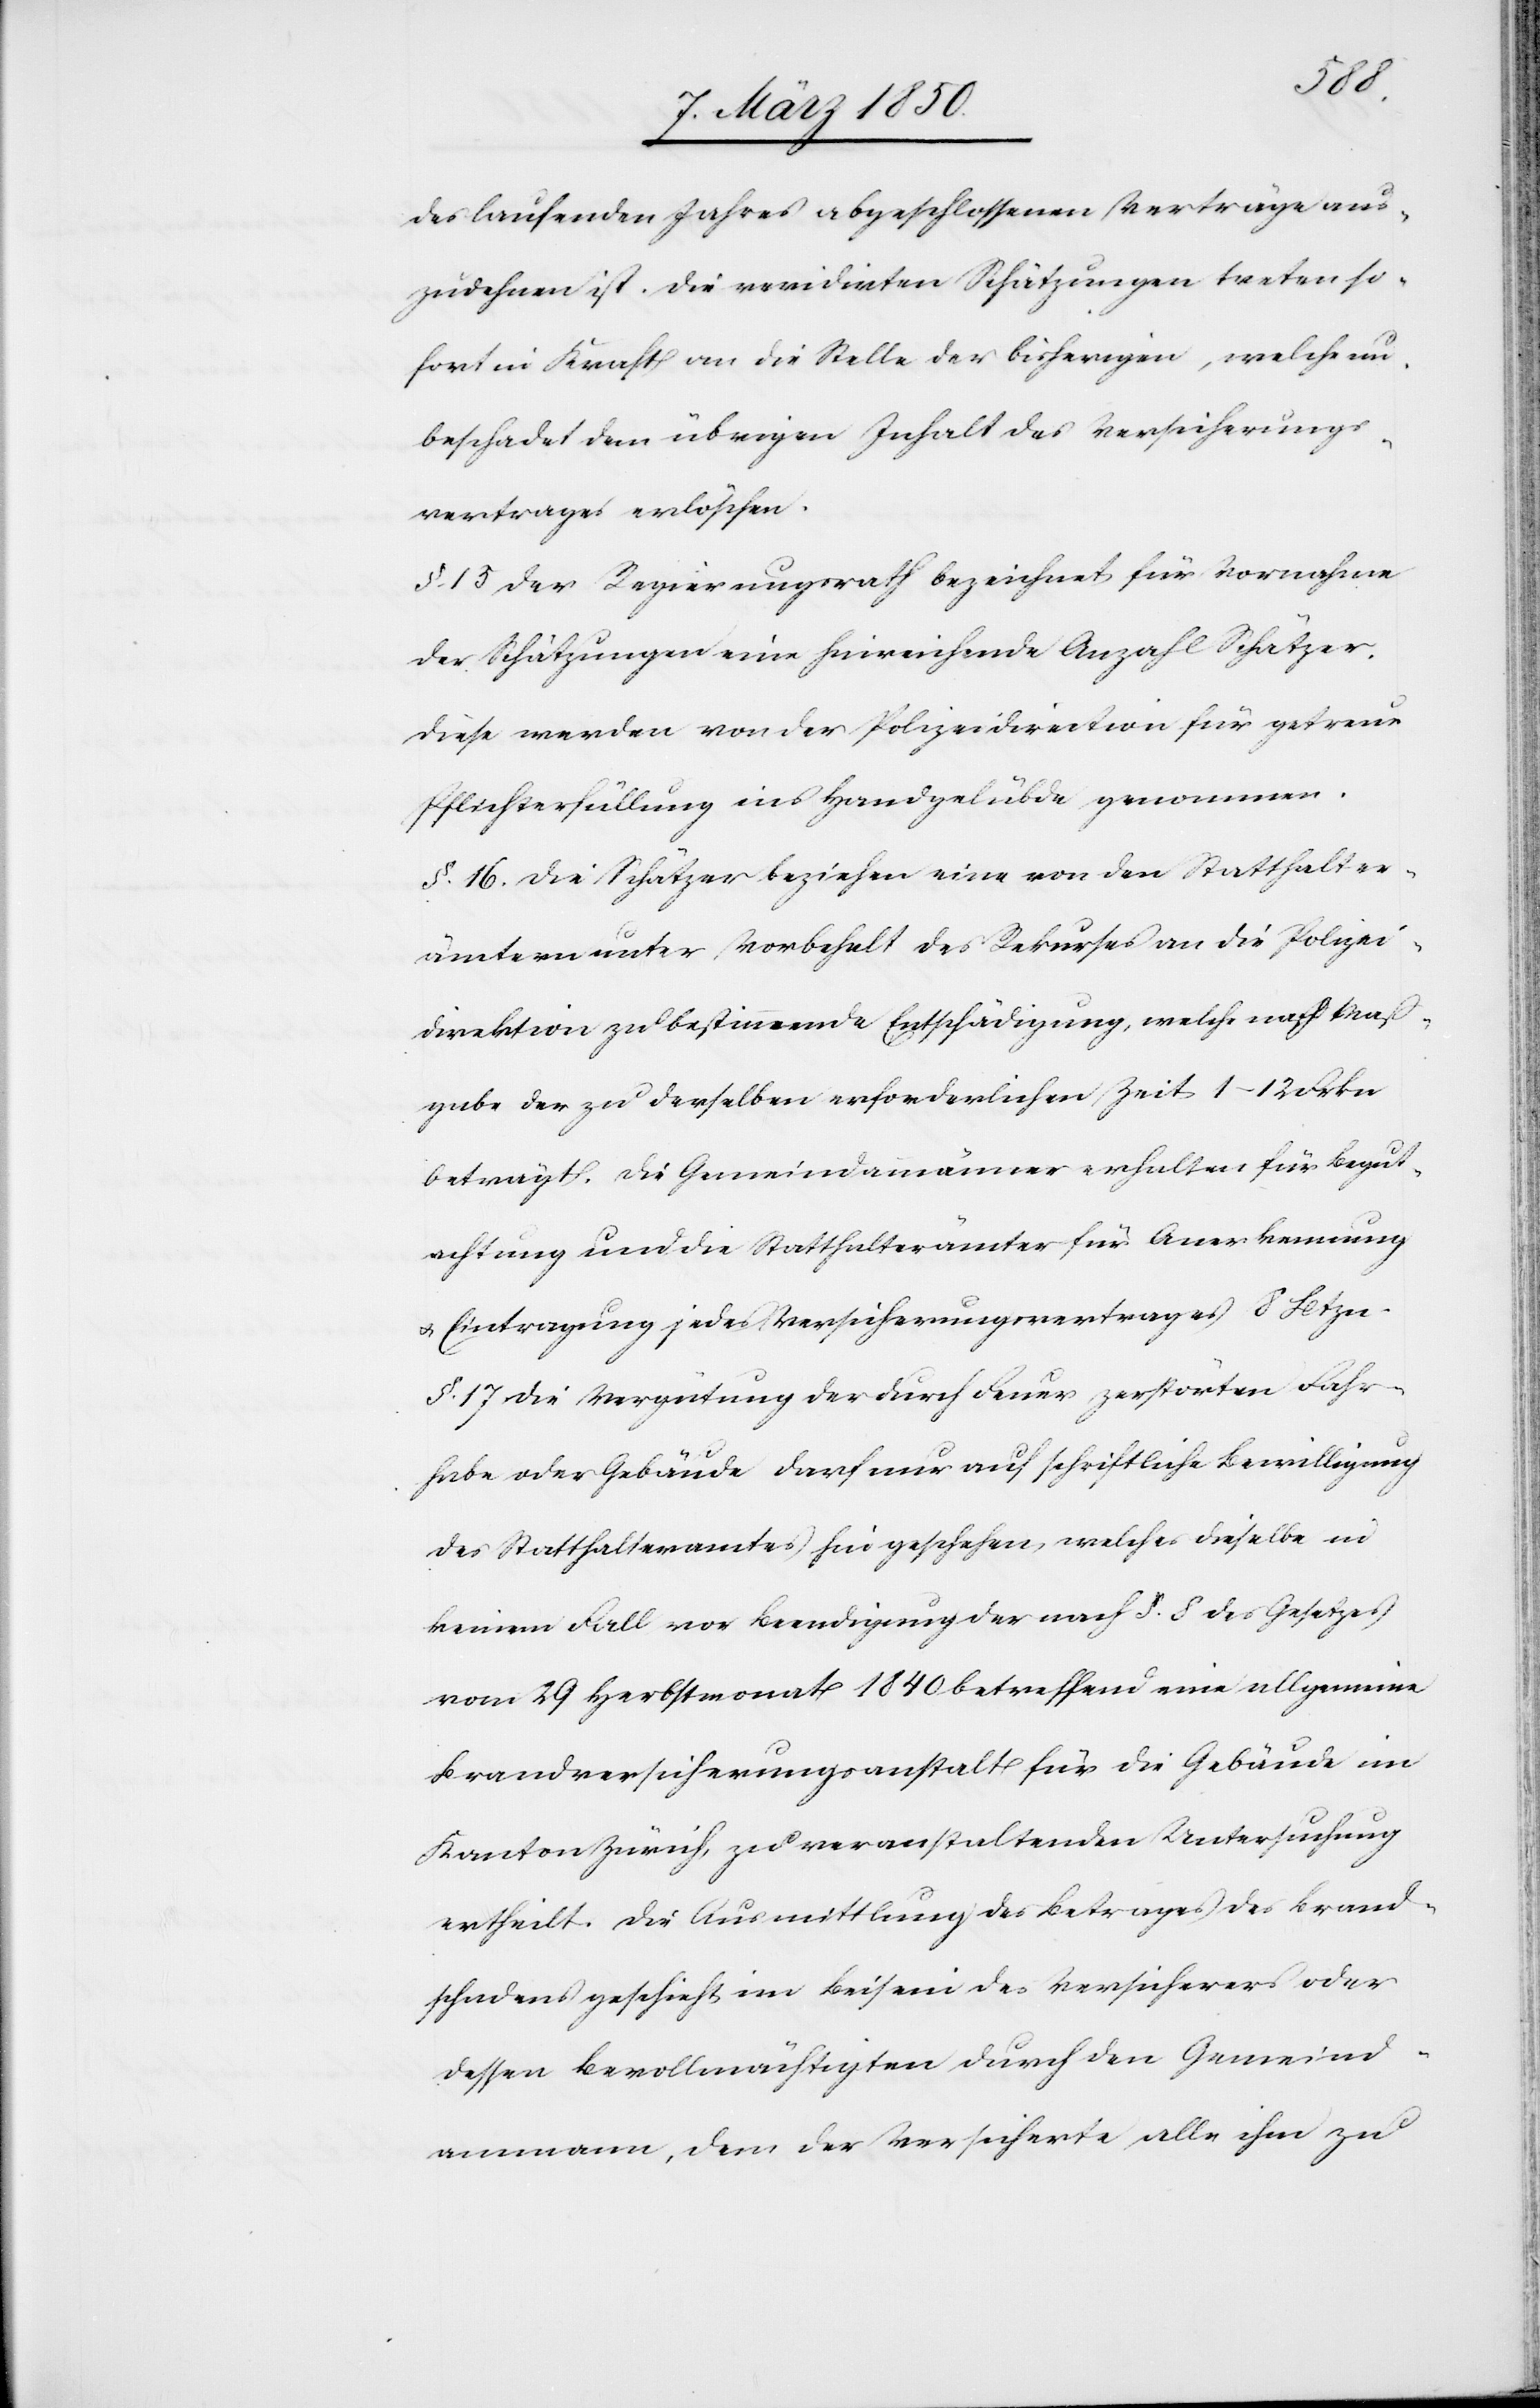
des laufenden Jahres abgeschlossenen Verträge aus¬
zudehnen ist. Die revidirten Schätzungen treten so¬
fort in Kraft an die Stelle der bisherigen, welche un¬
beschadet dem übrigen Inhalt des Versicherungs¬
vertrages erlöschen.
§. 15 Der Regierungsrath bezeichnet für Vornahme
der Schätzungen eine hinreichende Anzahl Schätzer.
Diese werden von der Polizeidirection für getreue
Pflichterfüllung ins Handgelübde genommen.
§. 16. Die Schätzer beziehen eine von den Statthalter¬
ämtern unter Vorbehalt des Rekurses an die Polizei¬
direktion zu bestimmende Entschädigung, welche nach Maß¬
gabe der zu derselben erforderlichen Zeit 1–12 Frkn
beträgt. Die Gemeindammänner erhalten für Begut¬
achtung und die Statthalterämter für Anerkennung
u. Eintragung jedes Versicherungsvertrages 8 Btzn.
§. 17 Die Vergütung der durch Feuer zerstörten Fahr¬
habe oder Gebäude darf nur auf schriftliche Bewilligung
des Statthalteramtes hin geschehen, welches dieselbe in
keinem Fall vor Beendigung der nach §. 8 des Gesetzes
vom 29 Herbstmonat 1840 betreffend eine allgemeine
Brandversicherungsanstalt für die Gebäude im
Kanton Zürich, zu veranstaltenden Untersuchung
ertheilt. Die Ausmittlung des Betrages des Brand¬
schadens geschieht im Beisein des Versicherers oder
dessen Bevollmächtigten durch den Gemeind¬
ammann, dem der Versicherte alle ihm zu